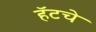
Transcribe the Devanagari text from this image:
हॅटचे